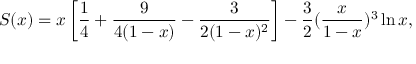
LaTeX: S ( x ) = x \left[ { \frac { 1 } { 4 } } + { \frac { 9 } { 4 ( 1 - x ) } } - { \frac { 3 } { 2 ( 1 - x ) ^ { 2 } } } \right] - { \frac { 3 } { 2 } } ( { \frac { x } { 1 - x } } ) ^ { 3 } \ln { x } ,